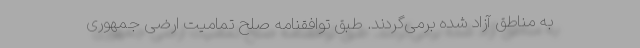
به مناطق آزاد شده برمی‌گردند. طبق توافقنامه صلح تمامیت ارضی جمهوری